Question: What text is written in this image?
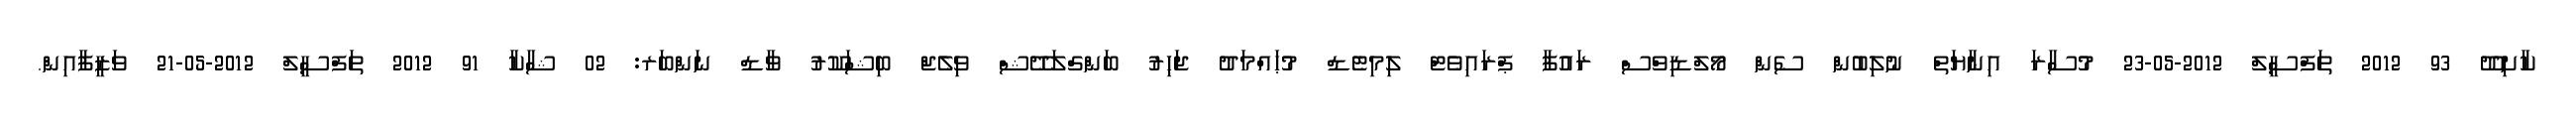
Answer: ކާށިދޫ 93 2012 ތަފްސީލް 2012-05-23 މުސާރަ އިނާޔަތް ނުލިބުން ސެން މޯލްޑިވްސް ރައުފާ ޕްރައިވެޓް ލިމިޓެޑް މުޙައްމަދު ޖަހިރު ބަންގްލަދޭޝް ވިލެޖް ބިޝަކޫރު ވާޑް ނަންބަރ: 02 ޝާކާ 91 2012 ތަފްސީލް 2012-05-21 ވަޒީފާއިން.